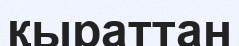
қыраттан